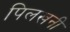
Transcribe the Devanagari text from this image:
पिलखनी